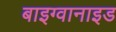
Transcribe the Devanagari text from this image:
बाइग्वानाइड